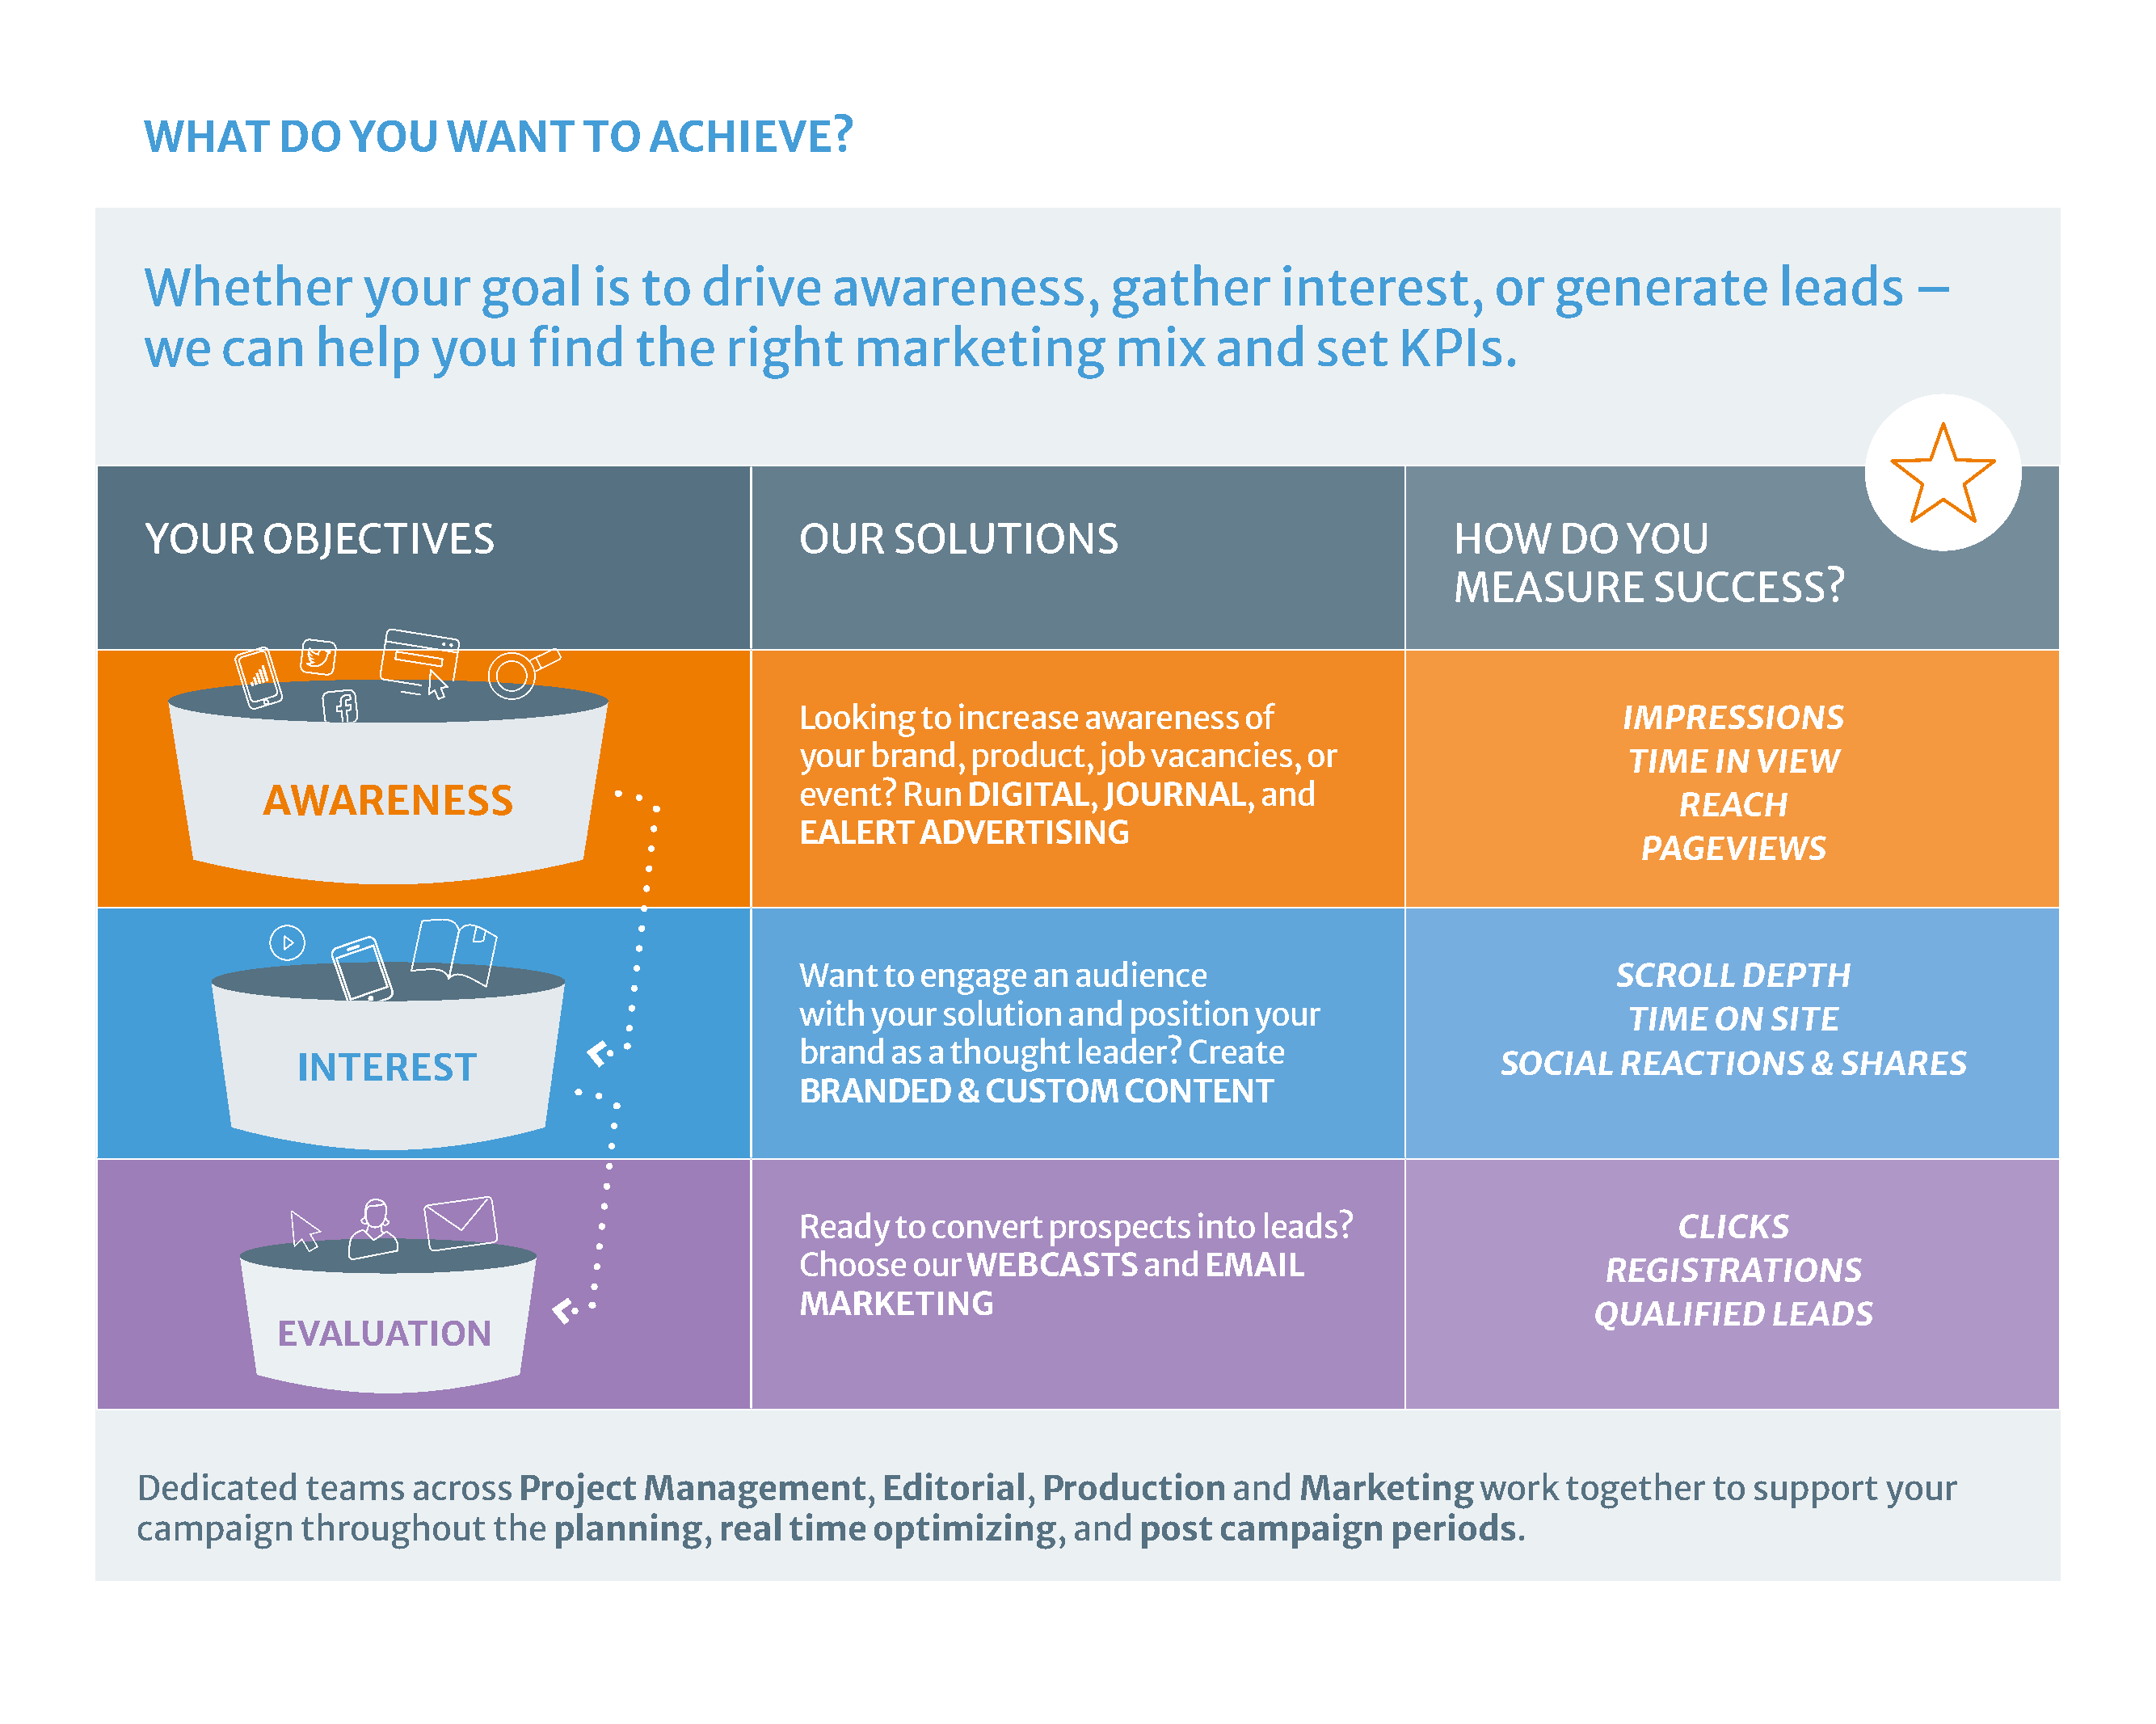
WHAT       DO    YOU     WANT       TO   ACHIEVE?
 Whether           your     goal      is to   drive      awareness,             gather        interest,        or   generate           leads      –
 we    can     help     you     find     the    right      marketing            mix      and     set    KPIs.
 YOUR     OBJECTIVES                                  OUR     SOLUTIONS                                     HOW      DO   YOU
 MEASURE         SUCCESS?
 Looking   to increase   awareness    of                             IMPRESSIONS
 your  brand,   product,  job vacancies,   or
 TIME   IN  VIEW
 AWARENESS                                  event?   Run  DIGITAL,   JOURNAL,     and
 REACH
 EALERT    ADVERTISING
 PAGEVIEWS
 Want   to engage    an audience                                    SCROLL    DEPTH
 with  your  solution  and  position   your
 TIME   ON   SITE
 brand   as a thought   leader?  Create
 INTEREST                                                                                           SOCIAL    REACTIONS      &  SHARES
 BRANDED      &  CUSTOM     CONTENT
 Ready   to convert   prospects   into leads?                            CLICKS
 Choose    our WEBCASTS       and  EMAIL
 REGISTRATIONS
 MARKETING
 QUALIFIED      LEADS
 EVALUATION
 Dedicated     teams    across   Project   Management,        Editorial,   Production      and  Marketing      work   together    to  support   your
 campaign      throughout     the  planning,     real  time   optimizing,     and  post   campaign      periods.